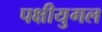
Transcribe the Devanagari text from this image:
पक्षीयुगल